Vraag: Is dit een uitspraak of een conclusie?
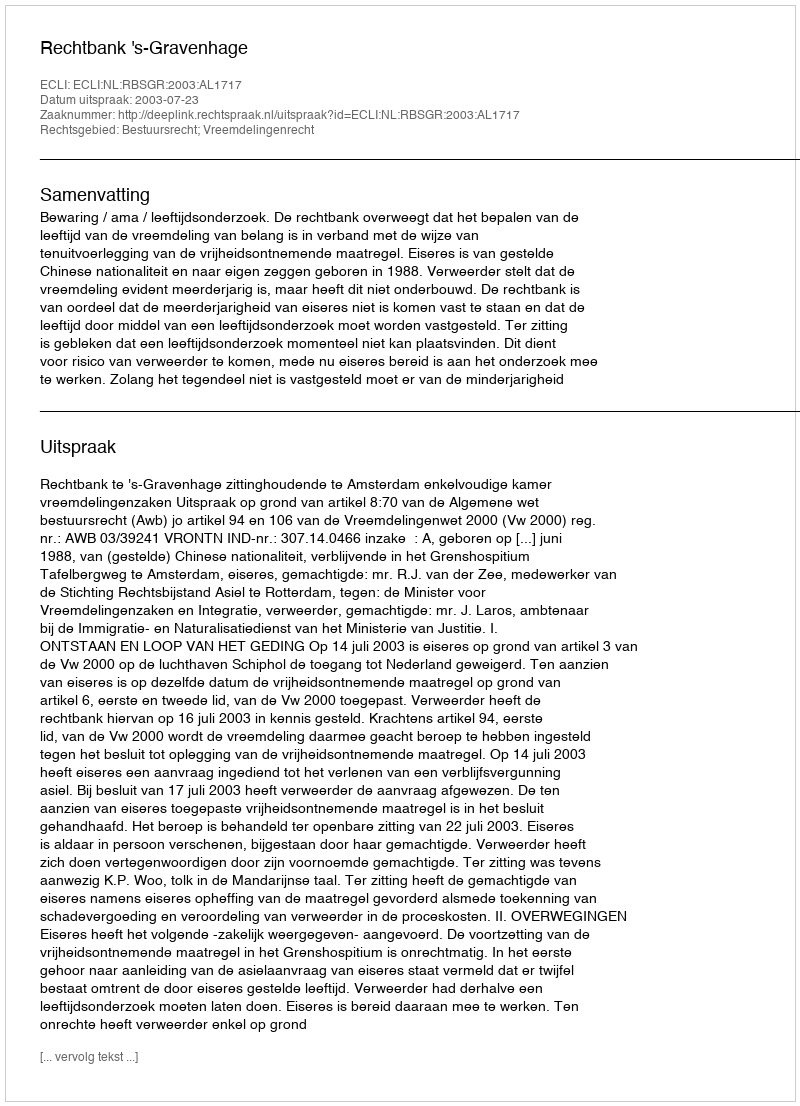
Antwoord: Uitspraak